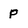
Character: p